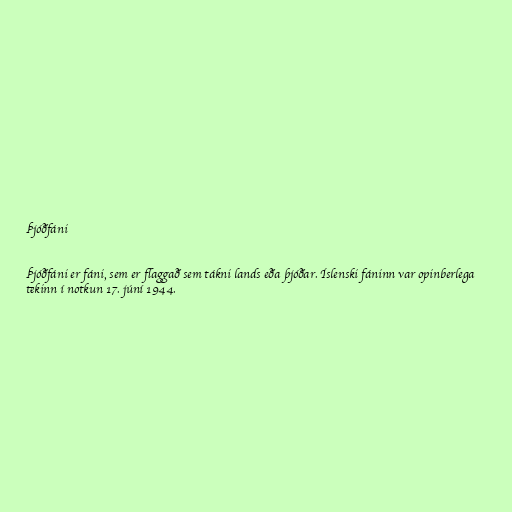
Þjóðfáni

Þjóðfáni er fáni, sem er flaggað sem tákni lands eða þjóðar. Íslenski fáninn var opinberlega
tekinn í notkun 17. júní 1944.